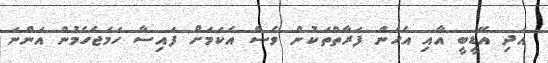
އަދި އޭޑީބީ އާއި އެހެން ފަރާތްތަކުން ވެސް އެކަމަށް ފައިސާ ހަމަޖެހެމުން އަންނަ